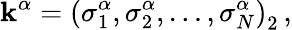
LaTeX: \mathbf{k}^{\alpha}=\left(\sigma_{1}^{\alpha},\sigma_{2}^{\alpha},\ldots,\sigma_{N}^{\alpha}\right)_{2}\, ,